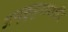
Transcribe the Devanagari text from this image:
अप्पुक्कुट्टनाशारि